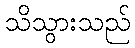
သိသွားသည်